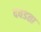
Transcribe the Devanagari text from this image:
दवडता